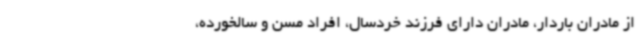
از مادران باردار، مادران دارای فرزند خردسال، افراد مسن و سالخورده،